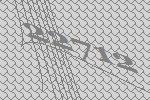
22712